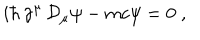
LaTeX: i \hbar \, \gamma ^ { \mu } \, { \mathcal D } _ { \mu } \psi - m c \psi = 0 \; ,